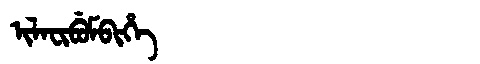
Manchu: ᡳᠯᠠᠸᡳᠪᡠᠮᠪᡳᡥᡝ
Romanization: ILAFIBUMBIHE